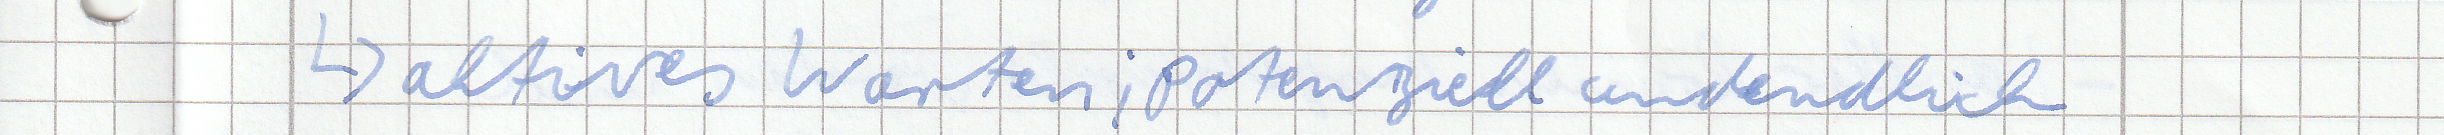
-> aktives Warten; potenziell unendlich